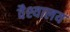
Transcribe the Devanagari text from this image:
वैश्यालय